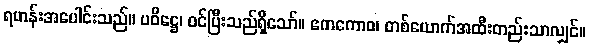
ရဟန်းအပေါင်းသည်။ ပဝိဋ္ဌေ၊ ဝင်ပြီးသည်ရှိသော်။ ဧကကောဝ၊ တစ်ယောက်အထီးတည်းသာလျှင်။